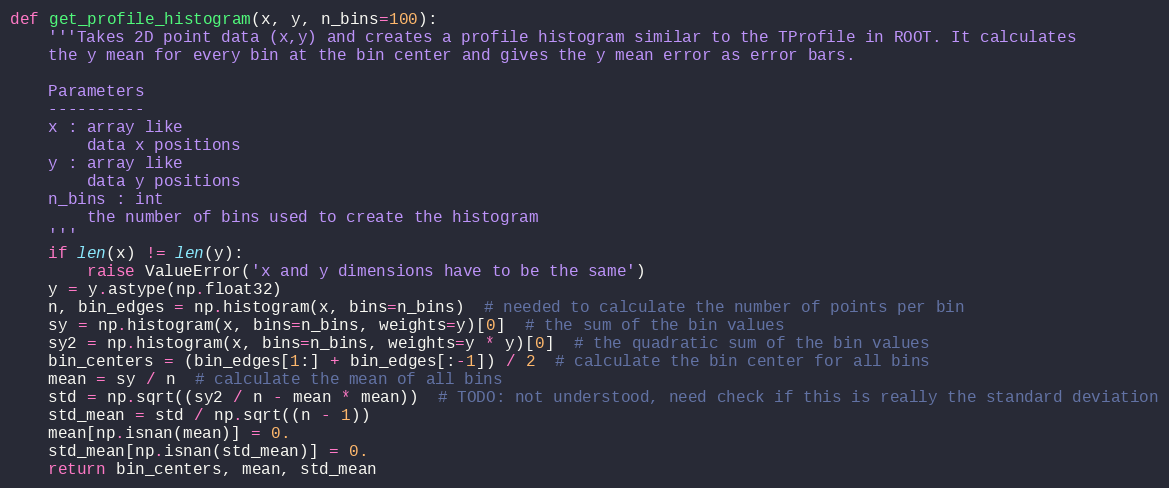
Language: Python
def get_profile_histogram(x, y, n_bins=100):
    '''Takes 2D point data (x,y) and creates a profile histogram similar to the TProfile in ROOT. It calculates
    the y mean for every bin at the bin center and gives the y mean error as error bars.

    Parameters
    ----------
    x : array like
        data x positions
    y : array like
        data y positions
    n_bins : int
        the number of bins used to create the histogram
    '''
    if len(x) != len(y):
        raise ValueError('x and y dimensions have to be the same')
    y = y.astype(np.float32)
    n, bin_edges = np.histogram(x, bins=n_bins)  # needed to calculate the number of points per bin
    sy = np.histogram(x, bins=n_bins, weights=y)[0]  # the sum of the bin values
    sy2 = np.histogram(x, bins=n_bins, weights=y * y)[0]  # the quadratic sum of the bin values
    bin_centers = (bin_edges[1:] + bin_edges[:-1]) / 2  # calculate the bin center for all bins
    mean = sy / n  # calculate the mean of all bins
    std = np.sqrt((sy2 / n - mean * mean))  # TODO: not understood, need check if this is really the standard deviation
    std_mean = std / np.sqrt((n - 1))
    mean[np.isnan(mean)] = 0.
    std_mean[np.isnan(std_mean)] = 0.
    return bin_centers, mean, std_mean